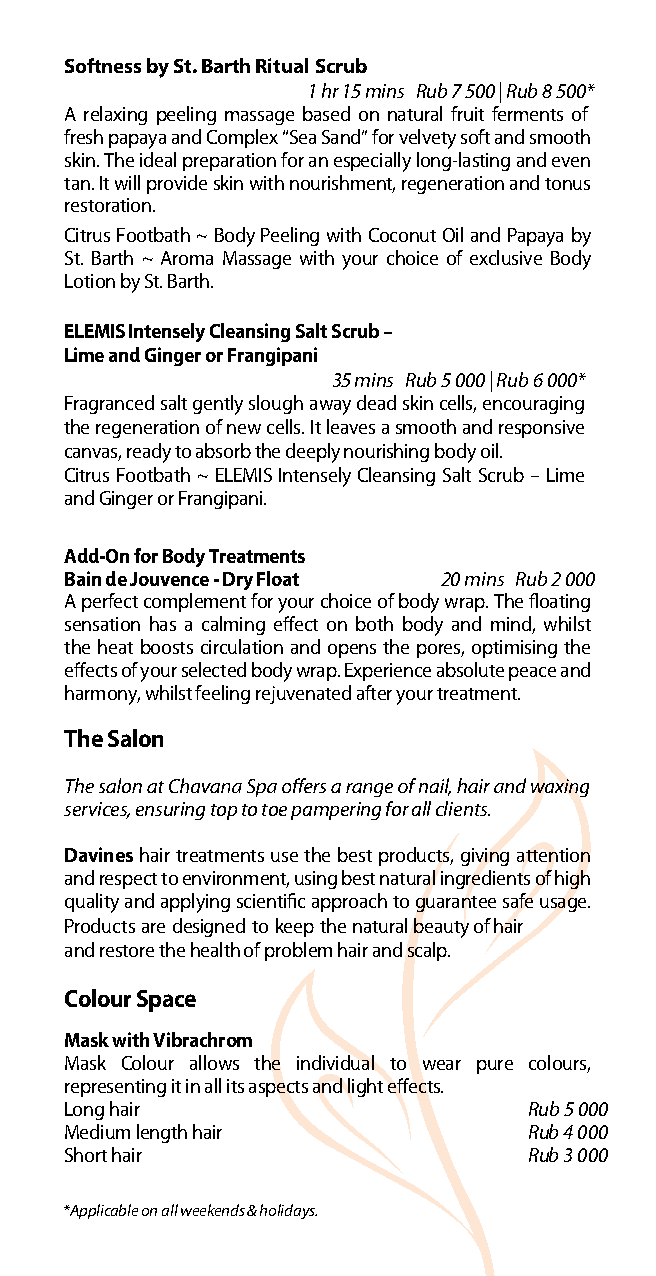
Softness by St. Barth Ritual Scrub
 1 hr 15 mins Rub 7 500 | Rub 8 500*
 A relaxing peeling massage based on natural fruit ferments of
 fresh papaya and Complex “Sea Sand” for velvety soft and smooth
 skin. The ideal preparation for an especially long-lasting and even
 tan. It will provide skin with nourishment, regeneration and tonus
 restoration.
 Citrus Footbath ~ Body Peeling with Coconut Oil and Papaya by
 St. Barth ~ Aroma Massage with your choice of exclusive Body
 Lotion by St. Barth.
 ELEMIS Intensely Cleansing Salt Scrub –
 Lime and Ginger or Frangipani
 35 mins Rub 5 000 | Rub 6 000*
 Fragranced salt gently slough away dead skin cells, encouraging
 the regeneration of new cells. It leaves a smooth and responsive
 canvas, ready to absorb the deeply nourishing body oil.
 Citrus Footbath ~ ELEMIS Intensely Cleansing Salt Scrub – Lime
 and Ginger or Frangipani.
 Add-On for Body Treatments
 Bain de Jouvence - Dry Float 20 mins Rub 2 000
 A perfect complement for your choice of body wrap. The floating
 sensation has a calming effect on both body and mind, whilst
 the heat boosts circulation and opens the pores, optimising the
 effects of your selected body wrap. Experience absolute peace and
 harmony, whilst feeling rejuvenated after your treatment.
 The Salon
 services, ensuring top to toe pampering for all clients.
 Davines hair treatments use the best products, giving attention
 and respect to environment, using best natural ingredients of high
 quality and applying scientific approach to guarantee safe usage.
 Products are designed to keep the natural beauty of hair
 and restore the health of problem hair and scalp.
 Colour Space
 Mask with Vibrachrom
 Mask Colour allows the individual to wear pure colours,
 representing it in all its aspects and light effects.
 Long hair                      Rub 5 0 0 0
 Medium length hair             Rub 4 0 0 0
 Short hair                     Rub 3 0 0 0
 *Applicable on all weekends & holidays.